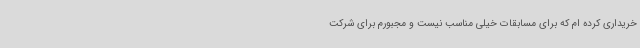
خریداری کرده ام که برای مسابقات خیلی مناسب نیست و مجبورم برای شرکت